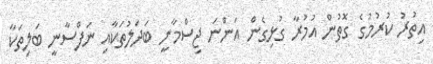
އިތުރު ކުރުމުގެ ގޮތުން އުމުރާ ގުޅިގެން އަންނަ ޖިސްމާނީ ބަދަލުތަކާއި ނަފްސާނީ ބަލިތަކާ